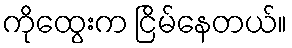
ကိုထွေးက ငြိမ်နေတယ်။